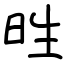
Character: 甠